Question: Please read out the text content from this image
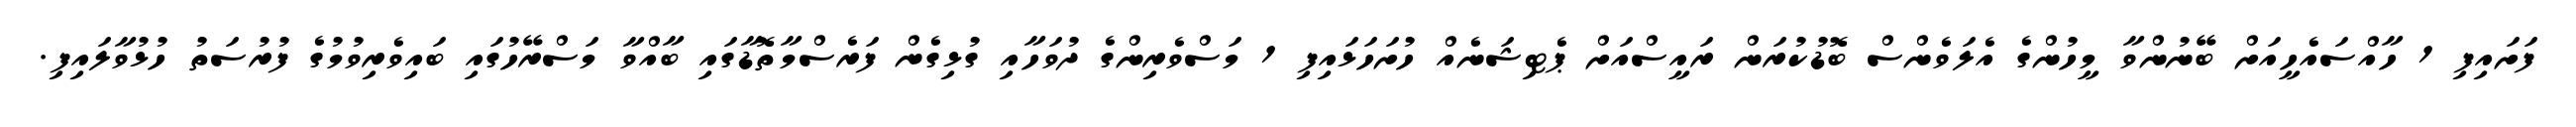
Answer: ފަށައިފި 1 ހާއްސައެހީއަށް ބޭނުންވާ މީހުންގެ އެލަވެންސް ބޮޑުކުރަން ރައީސްއަށް ޕެޓިޝަނެއް ހުށަހަޅައިފި 1 މަސްވެރިންގެ ދުވަހާއި ގުޅިގެން ފަރެސްމާތޮޑާގައި ބާއްވާ މަސްރޭހުގައި ބައިވެރިވުމުގެ ފުރުސަތު ހުޅުވާލައިފި.